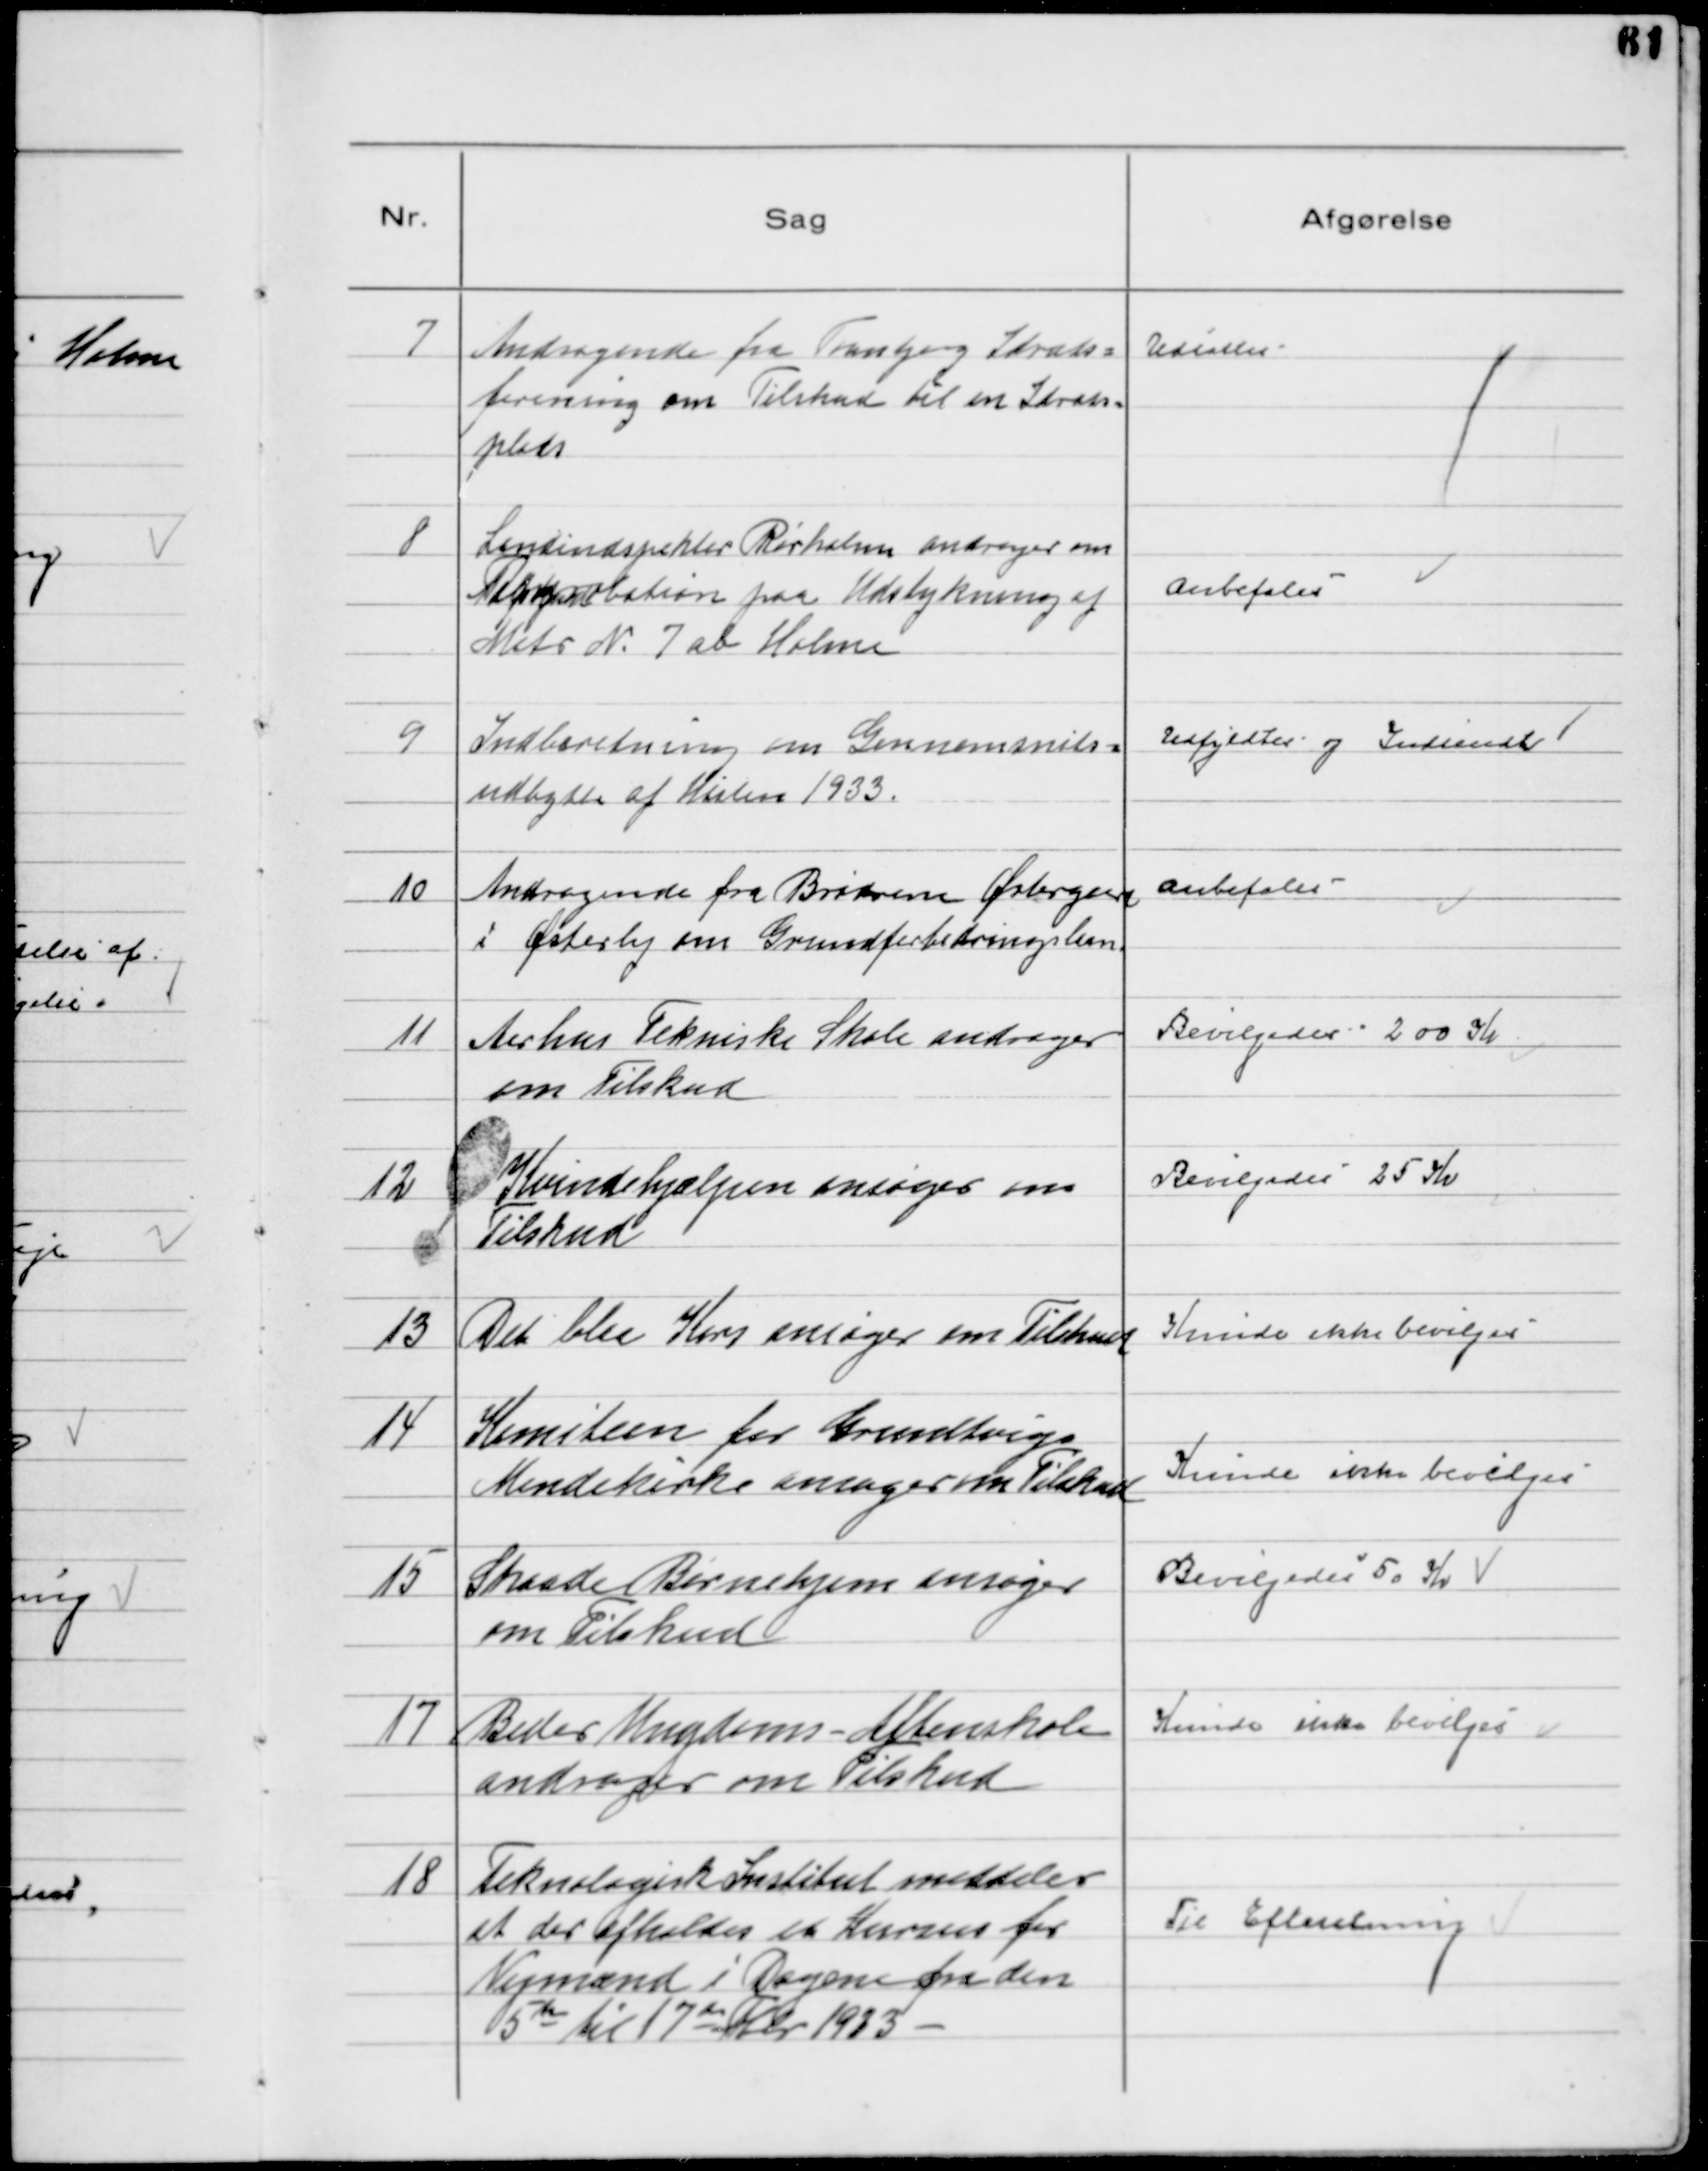
Transskription:
7
Andragende fra Tranbjerg Idræts-
forening om Tilskud til en Idræts-
plads

Udsattes

8
Landinspektør Rørholm andrager om
Approbation paa Udstykning af
Matr № 7 ab Holme

Anbefales

9
Indberetning om Gennemsnits-
udbytte af Høsten 1933.

Udfyldtes og Indsendt

10
Andragende fra Brødrene Østergaard
i Østerby om Grundforbedringslaan

Anbefales

11
Aarhus Tekniske Skole andrager
om Tilskud

Bevilgedes 200 Kr

12
Kvindehjælpen ansøger om
Tilskud

Bevilgedes 25 Kr

13
Det blaa Kors ansøger om Tilskud

Kunde ikke bevilges

14
Komiteen for Grundtvigs
Mindekirke ansøger om Tilskud

Kunde ikke bevilges

15
Skaade Børnehjem ansøger
om Tilskud

Bevilgedes 50 Kr

17
Beder Ungdoms - Aftenskole
andrager om Tilskud

Kunde ikke bevilges

18
Teknologisk Institut meddeler
at der afholdes et Kursus for
Vejmænd i Dagene fra den
5te til 17de Fbr 1933

Til Efteretning